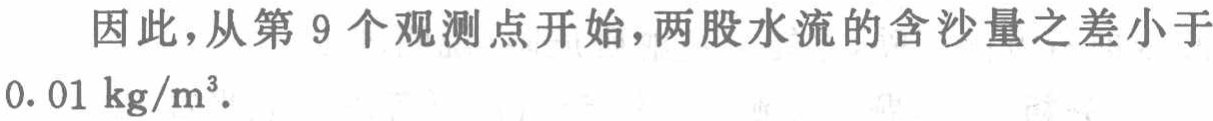
因此，从第 9 个观测点开始，两股水流的含沙量之差小于\(0.01\mathrm{kg}/\mathrm{m}^{3}\).